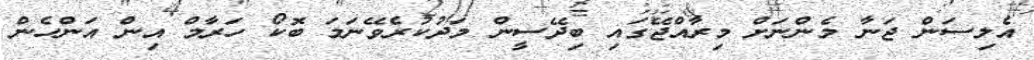
އެލިސަން ޖަނާ މެންނަށް މިރާއްޖޭގައި ބިދޭސީން މަދުކުރެވޭނަމަ ބޮކޯ ހަރާމް އިން އަންހެން